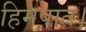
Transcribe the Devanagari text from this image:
हिमपात।